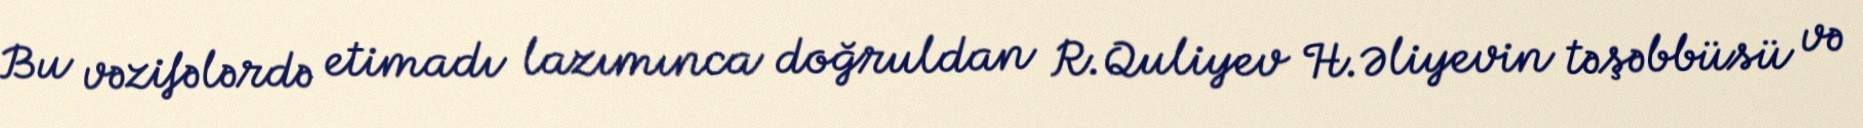
Bu vəzifələrdə etimadı lazımınca doğruldan R.Quliyev H.Əliyevin təşəbbüsü və